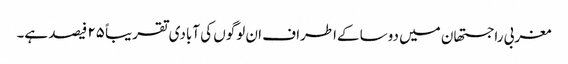
مغربی راجستھان میں دوسا کےاطراف ان لوگوں کی آبادی تقریباً ۲۵ فیصد ہے۔